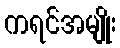
ကရင်အမျိုး